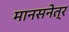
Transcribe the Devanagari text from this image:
मानसनेत्र